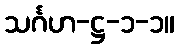
သင်္ဂဟ-ဋ္ဌ-၁-၁။